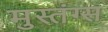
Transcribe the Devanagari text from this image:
मुस्तंग्स